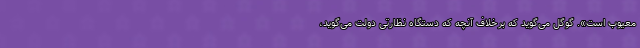
معیوب است». گوگل می‌گوید که برخلاف آنچه که دستگاه نظارتی دولت می‌گوید،